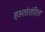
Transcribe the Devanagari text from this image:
हस्तांतंरित